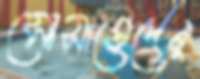
মোসাহেদের